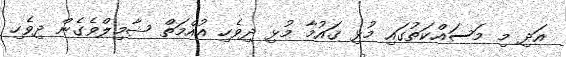
އަދި މި މަސައްކަތުގައި މުޅި ޤައުމާ މުޅި ދިވެހި އުއްމަތް ޝާމިލްވެގެން ދިވެހި